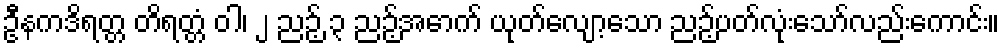
ဦနကဒိရတ္တ တိရတ္တံ ဝါ၊ ၂ ညဉ့် ၃ ညဉ့်အောက် ယုတ်လျော့သော ညဉ့်ပတ်လုံးသော်လည်းကောင်း။